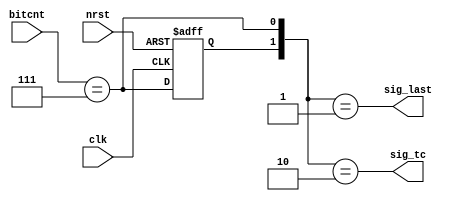
module sspi_sig(nrst, clk, bitcnt, sig_last, sig_tc);
    input nrst;
    input clk;
    input [2:0] bitcnt;
    output sig_last;
    output sig_tc;
    
    reg bits7_r;
    wire bits7;
    
    assign bits7 = (bitcnt == 3'b111);
    
    always @(posedge clk or negedge nrst) begin
        if (~nrst) begin
            bits7_r <= 1'b0;
        end else begin
            bits7_r <= bits7;
        end
    end
    
    assign sig_tc = ({bits7_r, bits7} == 2'b10);
    assign sig_last = ({bits7_r, bits7} == 2'b01);
endmodule